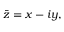
{ \bar { z } } = x - i y ,